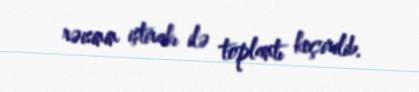
rəisinin iştirakı ilə toplantı keçirilib.